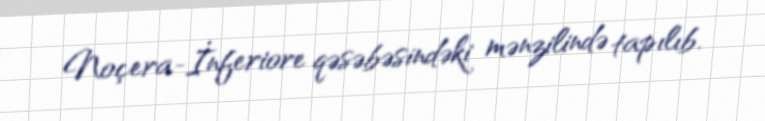
Noçera-İnferiore qəsəbəsindəki mənzilində tapılıb.